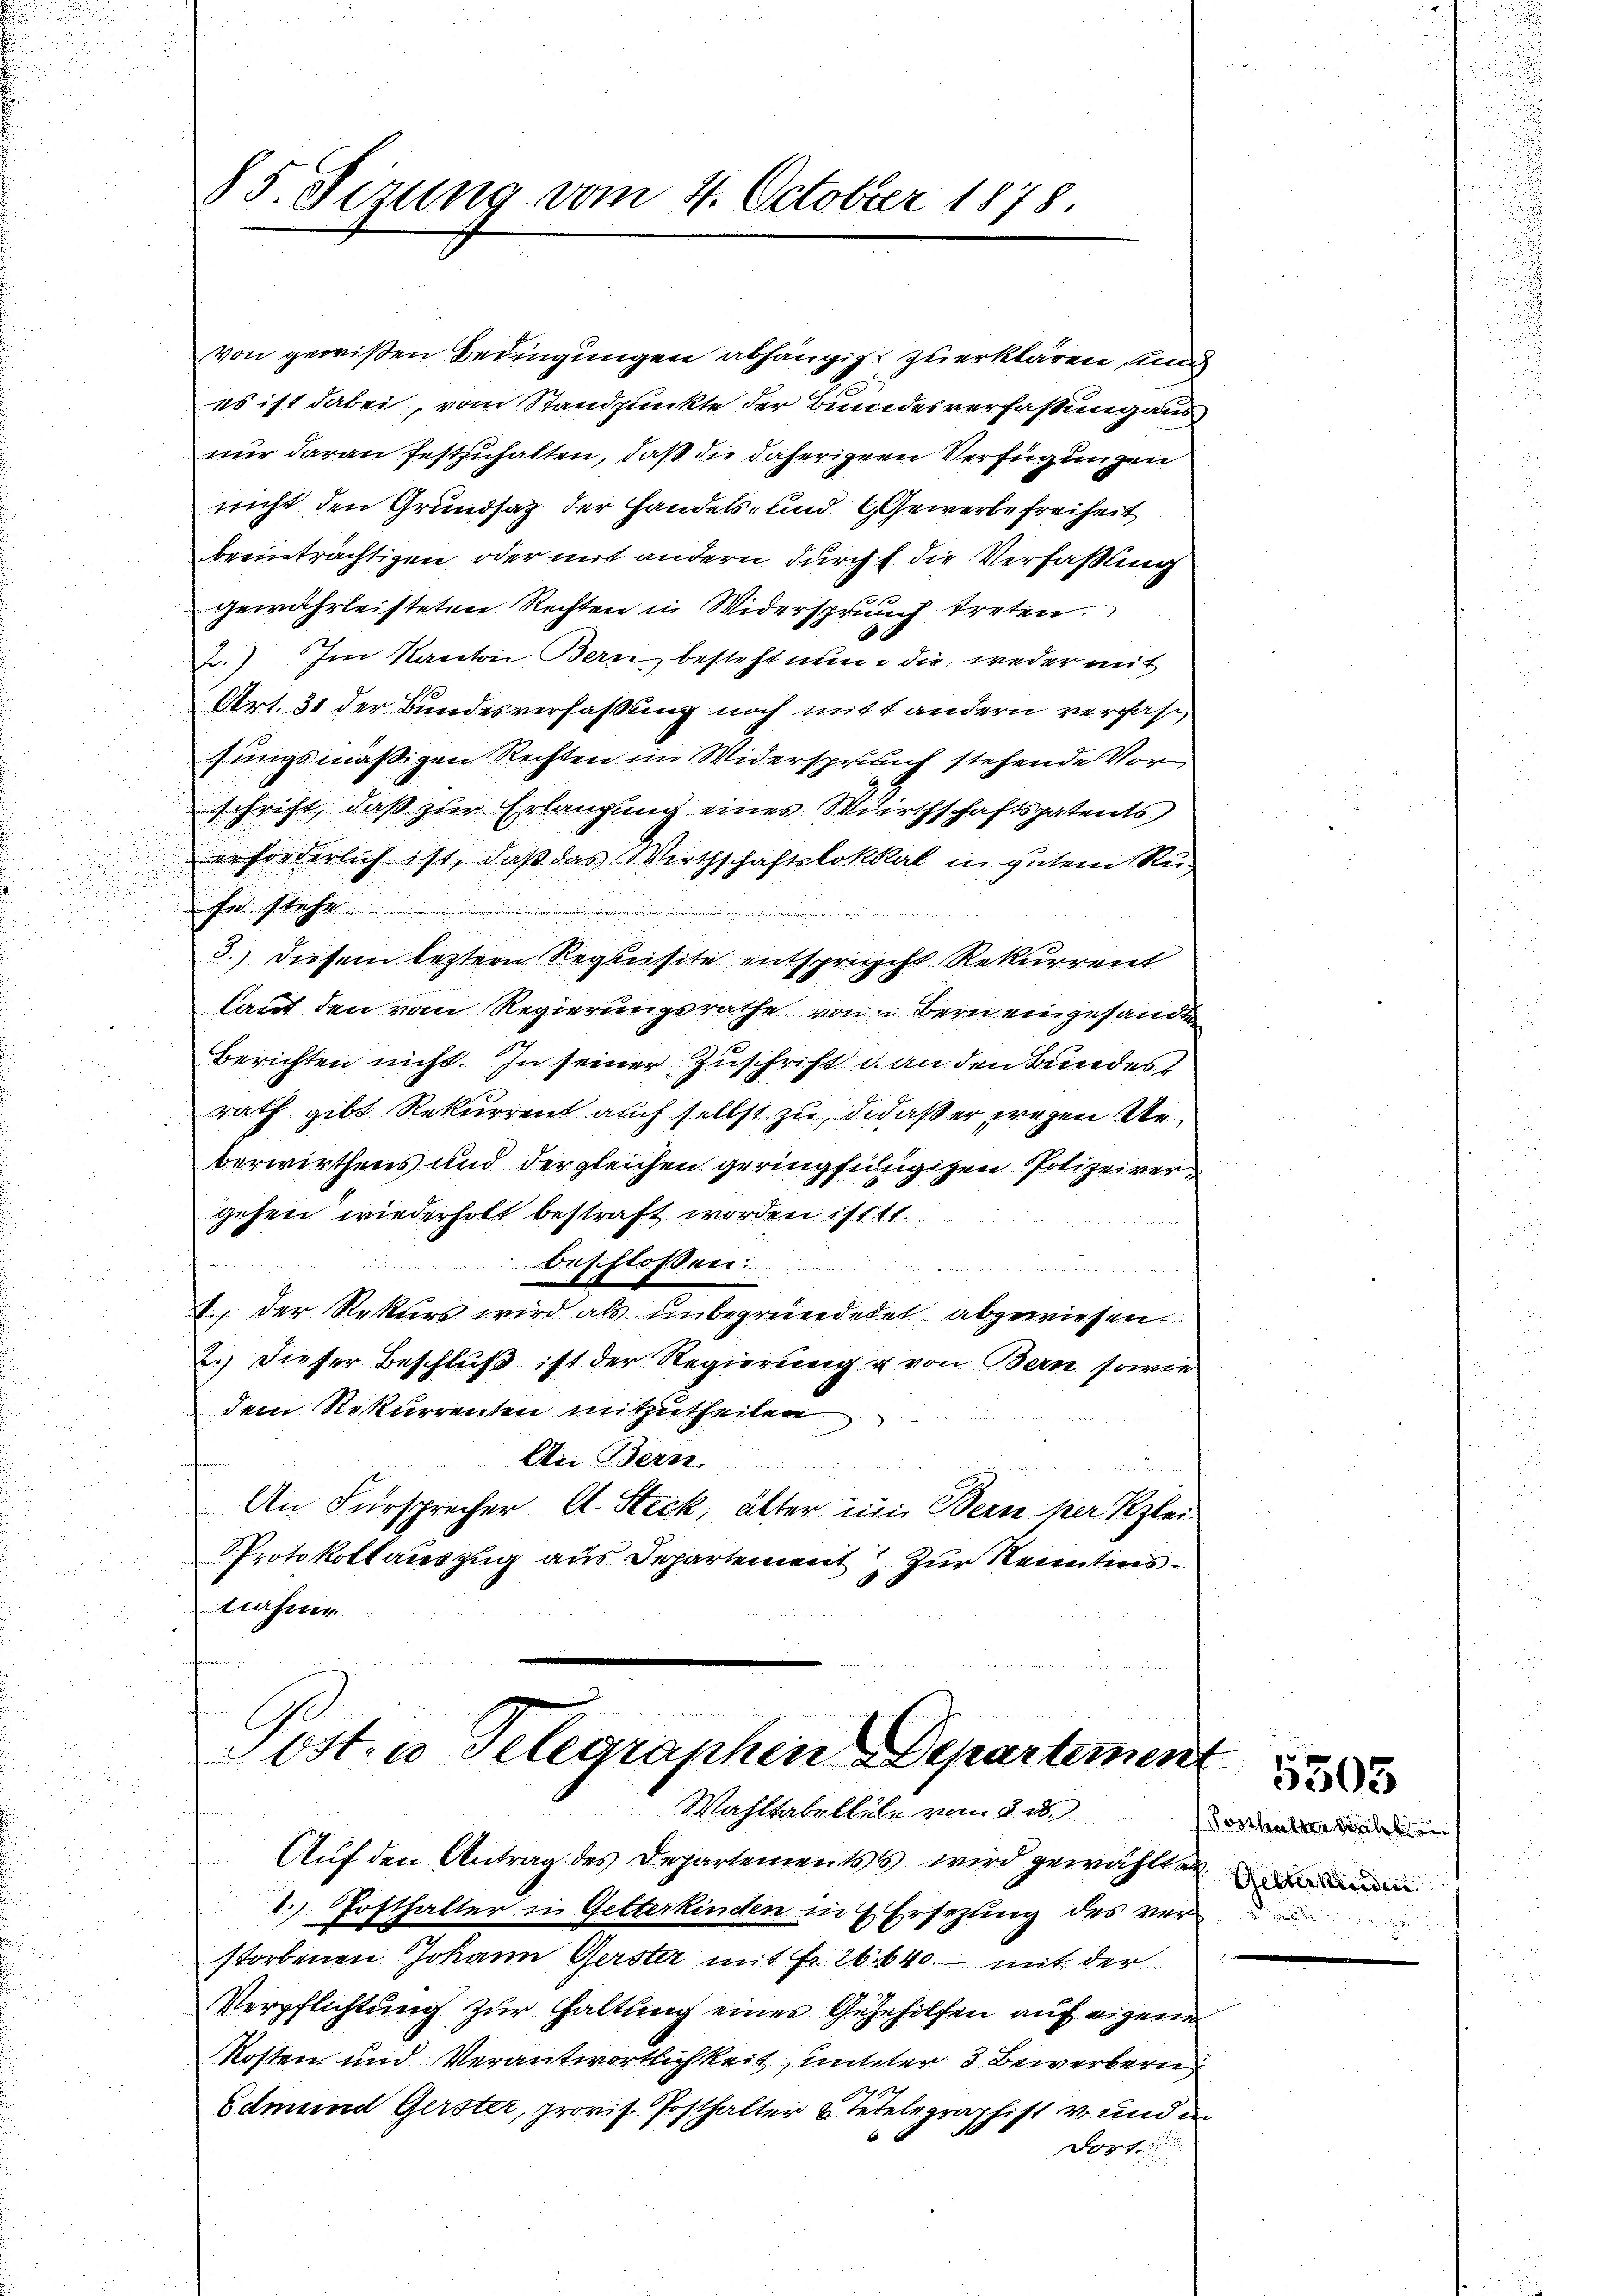
u
.

von gewißen Bedingungen abhängig zu erklären und
es ist dabei, vom Standpunkte der Bundesverfassung aus
nur daran festzuhalten, daß die daherigen Verfügungen
nicht den Grundsatz der Handels- und Gewerbe freiheit
beeinträchtigen oder mit andern durch die Verfaßung
gewährleisteten Rechten in Widerspruch treten.
2.) Im Kanton Bern besteht nun die weder mit
Art. 31 der Bundesverfassung noch mitt andern verfassungsmäßigen Rechten im Widerspruch stehende Vorschrift, daß zur Erlangung eines Wirthschaftspatents
erforderlich ist, daß das Wirthschaftslokal in gutem Re¬
In stehe
3.) Diesem leztern Requisite entspricht Rekurrent
laut den vom Regierungsrathe von Bern eingesandten
Berichten nicht. In seiner Zuschrift u. an den Bundest
rath gibt Rekurrent auch selbst zu, da daß er wegen Ueberwirthens und der gleichen geringfingigen Polizeivergehen wiederholt bestraft worden ist. 11.
beschloßen:
e
1., der Rekurs wird als unbegründetet abgewiesen.
2.) Dieser Beschluß ist der Regierung u von Bern sowie
dem Rekurrenten mitzutheilen
An Bern.
au
u
An Fürsprecher A. Steck, älter um Bern her Klei
PProtokollauszug aus Departement zur Kenntensnahen

§ 5. Sizung vom 4. October 1878.

2
Post- u. Telegraphen Departement
Wahltabellele vom 3. d.
Auf den Antrag des Departementss wird gewählten

1. Posthalter in Gelterkinden in EErsezung des ver
storbenen Johann Gerster mit Fr. 26. 640. mit der
Verpflichtung zur Haltung einer Gegeholfen auf eigene
Kosten und Verantwortlichkeit, unterer 3 Bewerbern
Edmund Gerster, provis. Posthalter u Tetelegraphist v. und in
dort

Sonhalter wicht in

5305